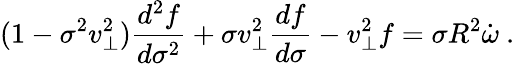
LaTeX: (1-\sigma^{2}v_{\perp}^{2}){\frac{d^{2}f}{d\sigma^{2}}}+\sigma v_{\perp}^{2}{\frac{df}{d\sigma}}-v_{\perp}^{2}f=\sigma R^{2}\dot{\omega}\ .